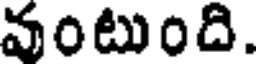
వంటుంది.